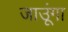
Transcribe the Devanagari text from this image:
जाउूंगा